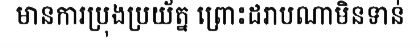
មានការប្រុងប្រយ័ត្ន ព្រោះដរាបណាមិនទាន់